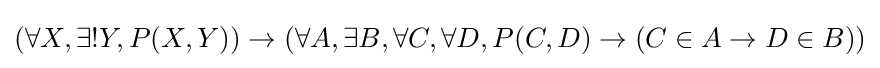
(\forall X,\exists !Y,P(X,Y))\rightarrow (\forall A,\exists B,\forall C,\forall D,P(C,D)\rightarrow (C\in A\rightarrow D\in B))